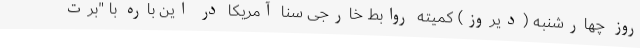
روز چهارشنبه (دیروز) کمیته روابط خارجی سنا آمریکا در این باره با "برت